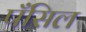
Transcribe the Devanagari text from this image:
पॅंसिल